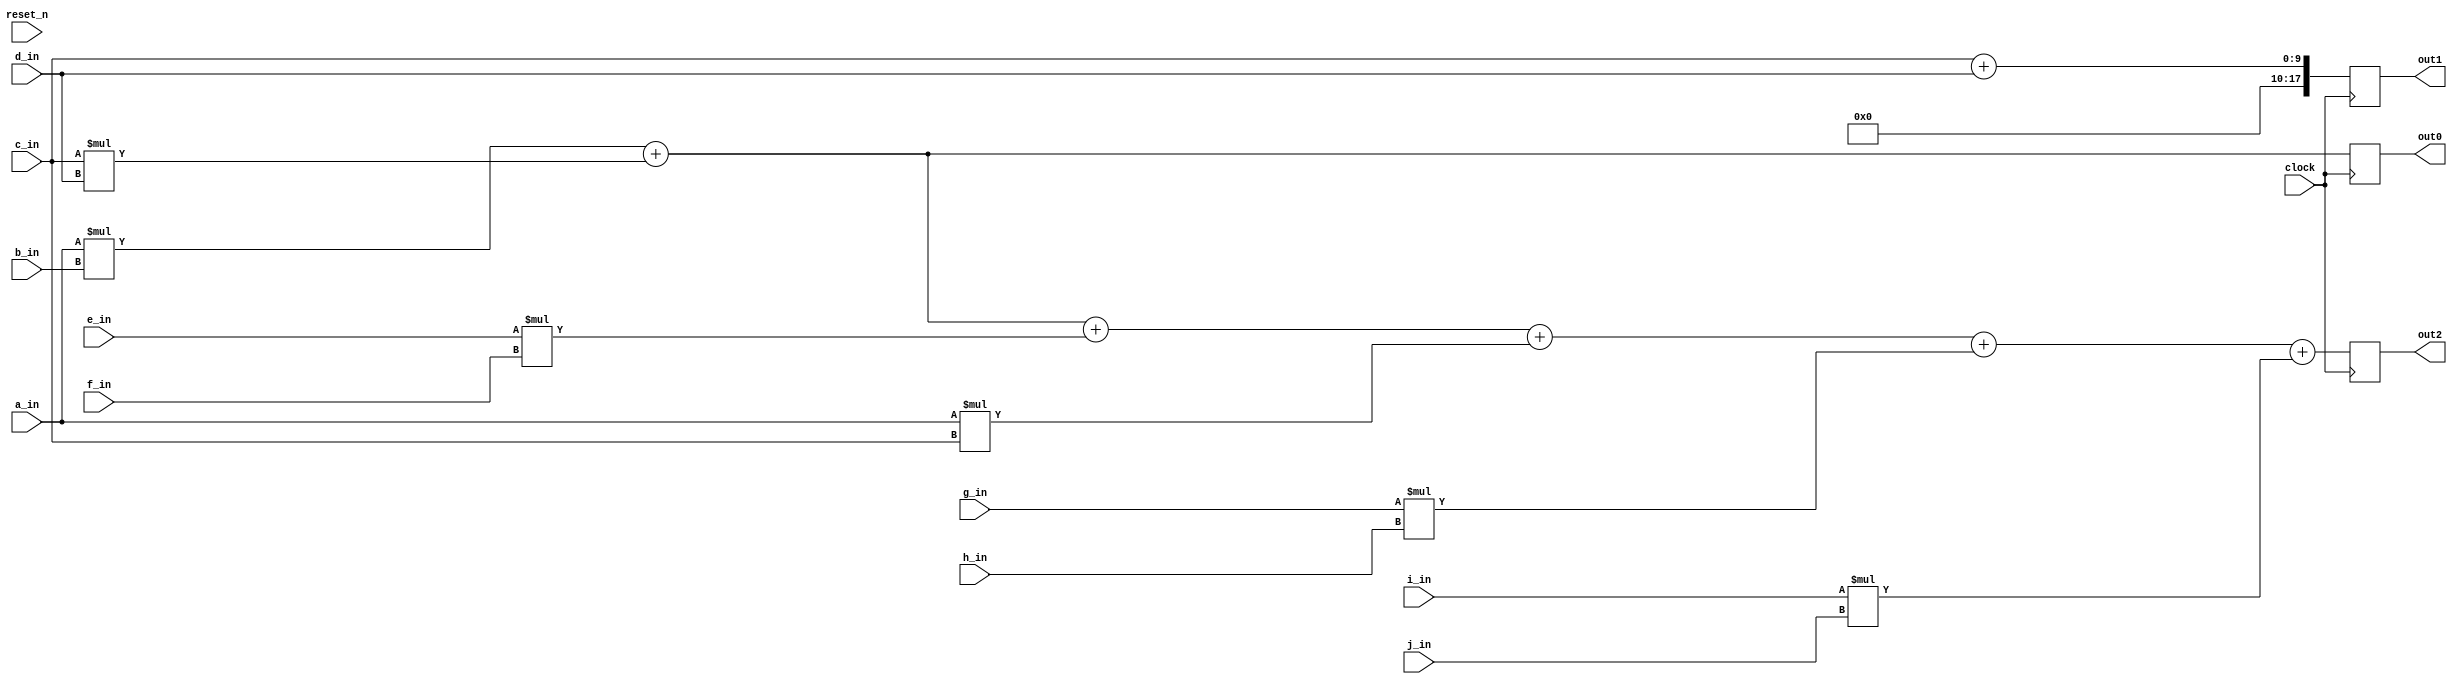
// DEFINES
`define BITS0 9         // Bit width of the operands
`define BITS1 8         // Bit width of the operands
`define BITS2 18         // Bit width of the operands
`define BITS3 36         // Bit width of the operands

// sees if the softaware matches simple primitives 
module 	bm_match5_str_arch(clock, 
		reset_n, 
		a_in, 
		b_in,
		c_in, 
		d_in, 
		e_in, 
		f_in, 
		g_in, 
		h_in, 
		i_in, 
		j_in, 
		out0,
		out1,
		out2,
);

// SIGNAL DECLARATIONS
input	clock;
input 	reset_n;

input [`BITS0-1:0] a_in;
input [`BITS0-1:0] b_in;
input [`BITS0-1:0] c_in;
input [`BITS0-1:0] d_in;
input [`BITS0-1:0] e_in;
input [`BITS0-1:0] f_in;
input [`BITS0-1:0] g_in;
input [`BITS0-1:0] h_in;
input [`BITS0-1:0] i_in;
input [`BITS0-1:0] j_in;

output [`BITS2-1:0] out0;
output [`BITS2-1:0] out1;
output [`BITS2-1:0] out2;

reg [`BITS2-1:0] out0;
reg [`BITS2-1:0] out1;
reg [`BITS2-1:0] out2;

//assign out3 = a_in + b_in;
//assign out4 = a_in * b_in + c_in * d_in;
//assign out5 = a_in * b_in + c_in * d_in + e_in * f_in + a_in * c_in + g_in * h_in + i_in * j_in + a_in * i_in;

always @(posedge clock)
begin
	out0 <= a_in * b_in + c_in * d_in;
	out1 <= c_in + d_in;
	out2 <= a_in * b_in + c_in * d_in + e_in * f_in + a_in * c_in + g_in * h_in + i_in * j_in;
end

endmodule